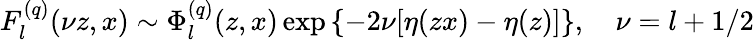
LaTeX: F_{l}^{(q)}(\nu z,x)\sim\Phi_{l}^{(q)}(z,x)\exp\left\{ -2\nu[\eta(zx)-\eta(z)]\right\} ,\quad\nu=l+1/2